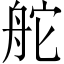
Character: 舵